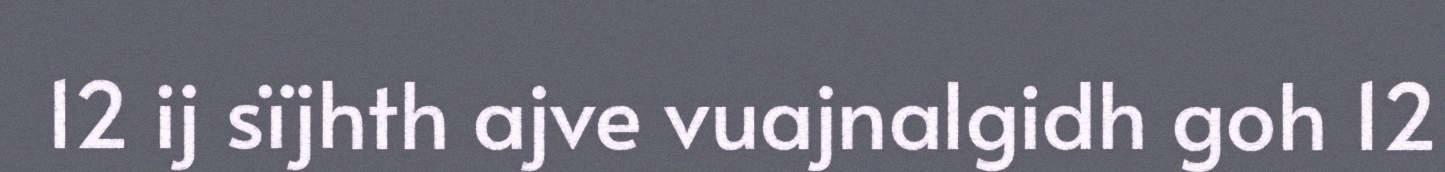
12 ij sïjhth ajve vuajnalgidh goh 12